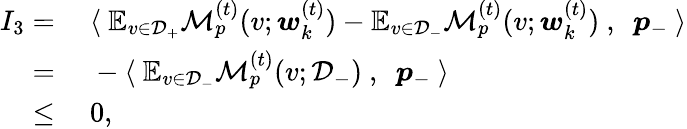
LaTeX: \begin{array}{rl}{I_{3}=}&{~\langle~\mathbb{E}_{v\in\mathcal{D}_{+}}\mathcal{M}_{p}^{(t)}(v;{\boldsymbol w}_{k}^{(t)})-\mathbb{E}_{v\in\mathcal{D}_{-}}\mathcal{M}_{p}^{(t)}(v;{\boldsymbol w}_{k}^{(t)})~,~~{\boldsymbol p}_{-}~\rangle}\\ {=}&{~-\langle~\mathbb{E}_{v\in\mathcal{D}_{-}}\mathcal{M}_{p}^{(t)}(v;\mathcal{D}_{-})~,~~{\boldsymbol p}_{-}~\rangle}\\ {\le}&{~0,}\end{array}